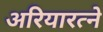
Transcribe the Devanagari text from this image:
अरियारत्ने